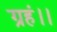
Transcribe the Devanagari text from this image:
ग्रहं।।